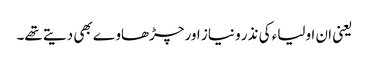
یعنی ان اولیاء کی نذر و نیاز اور چڑھاوے بھی دیتے تھے۔